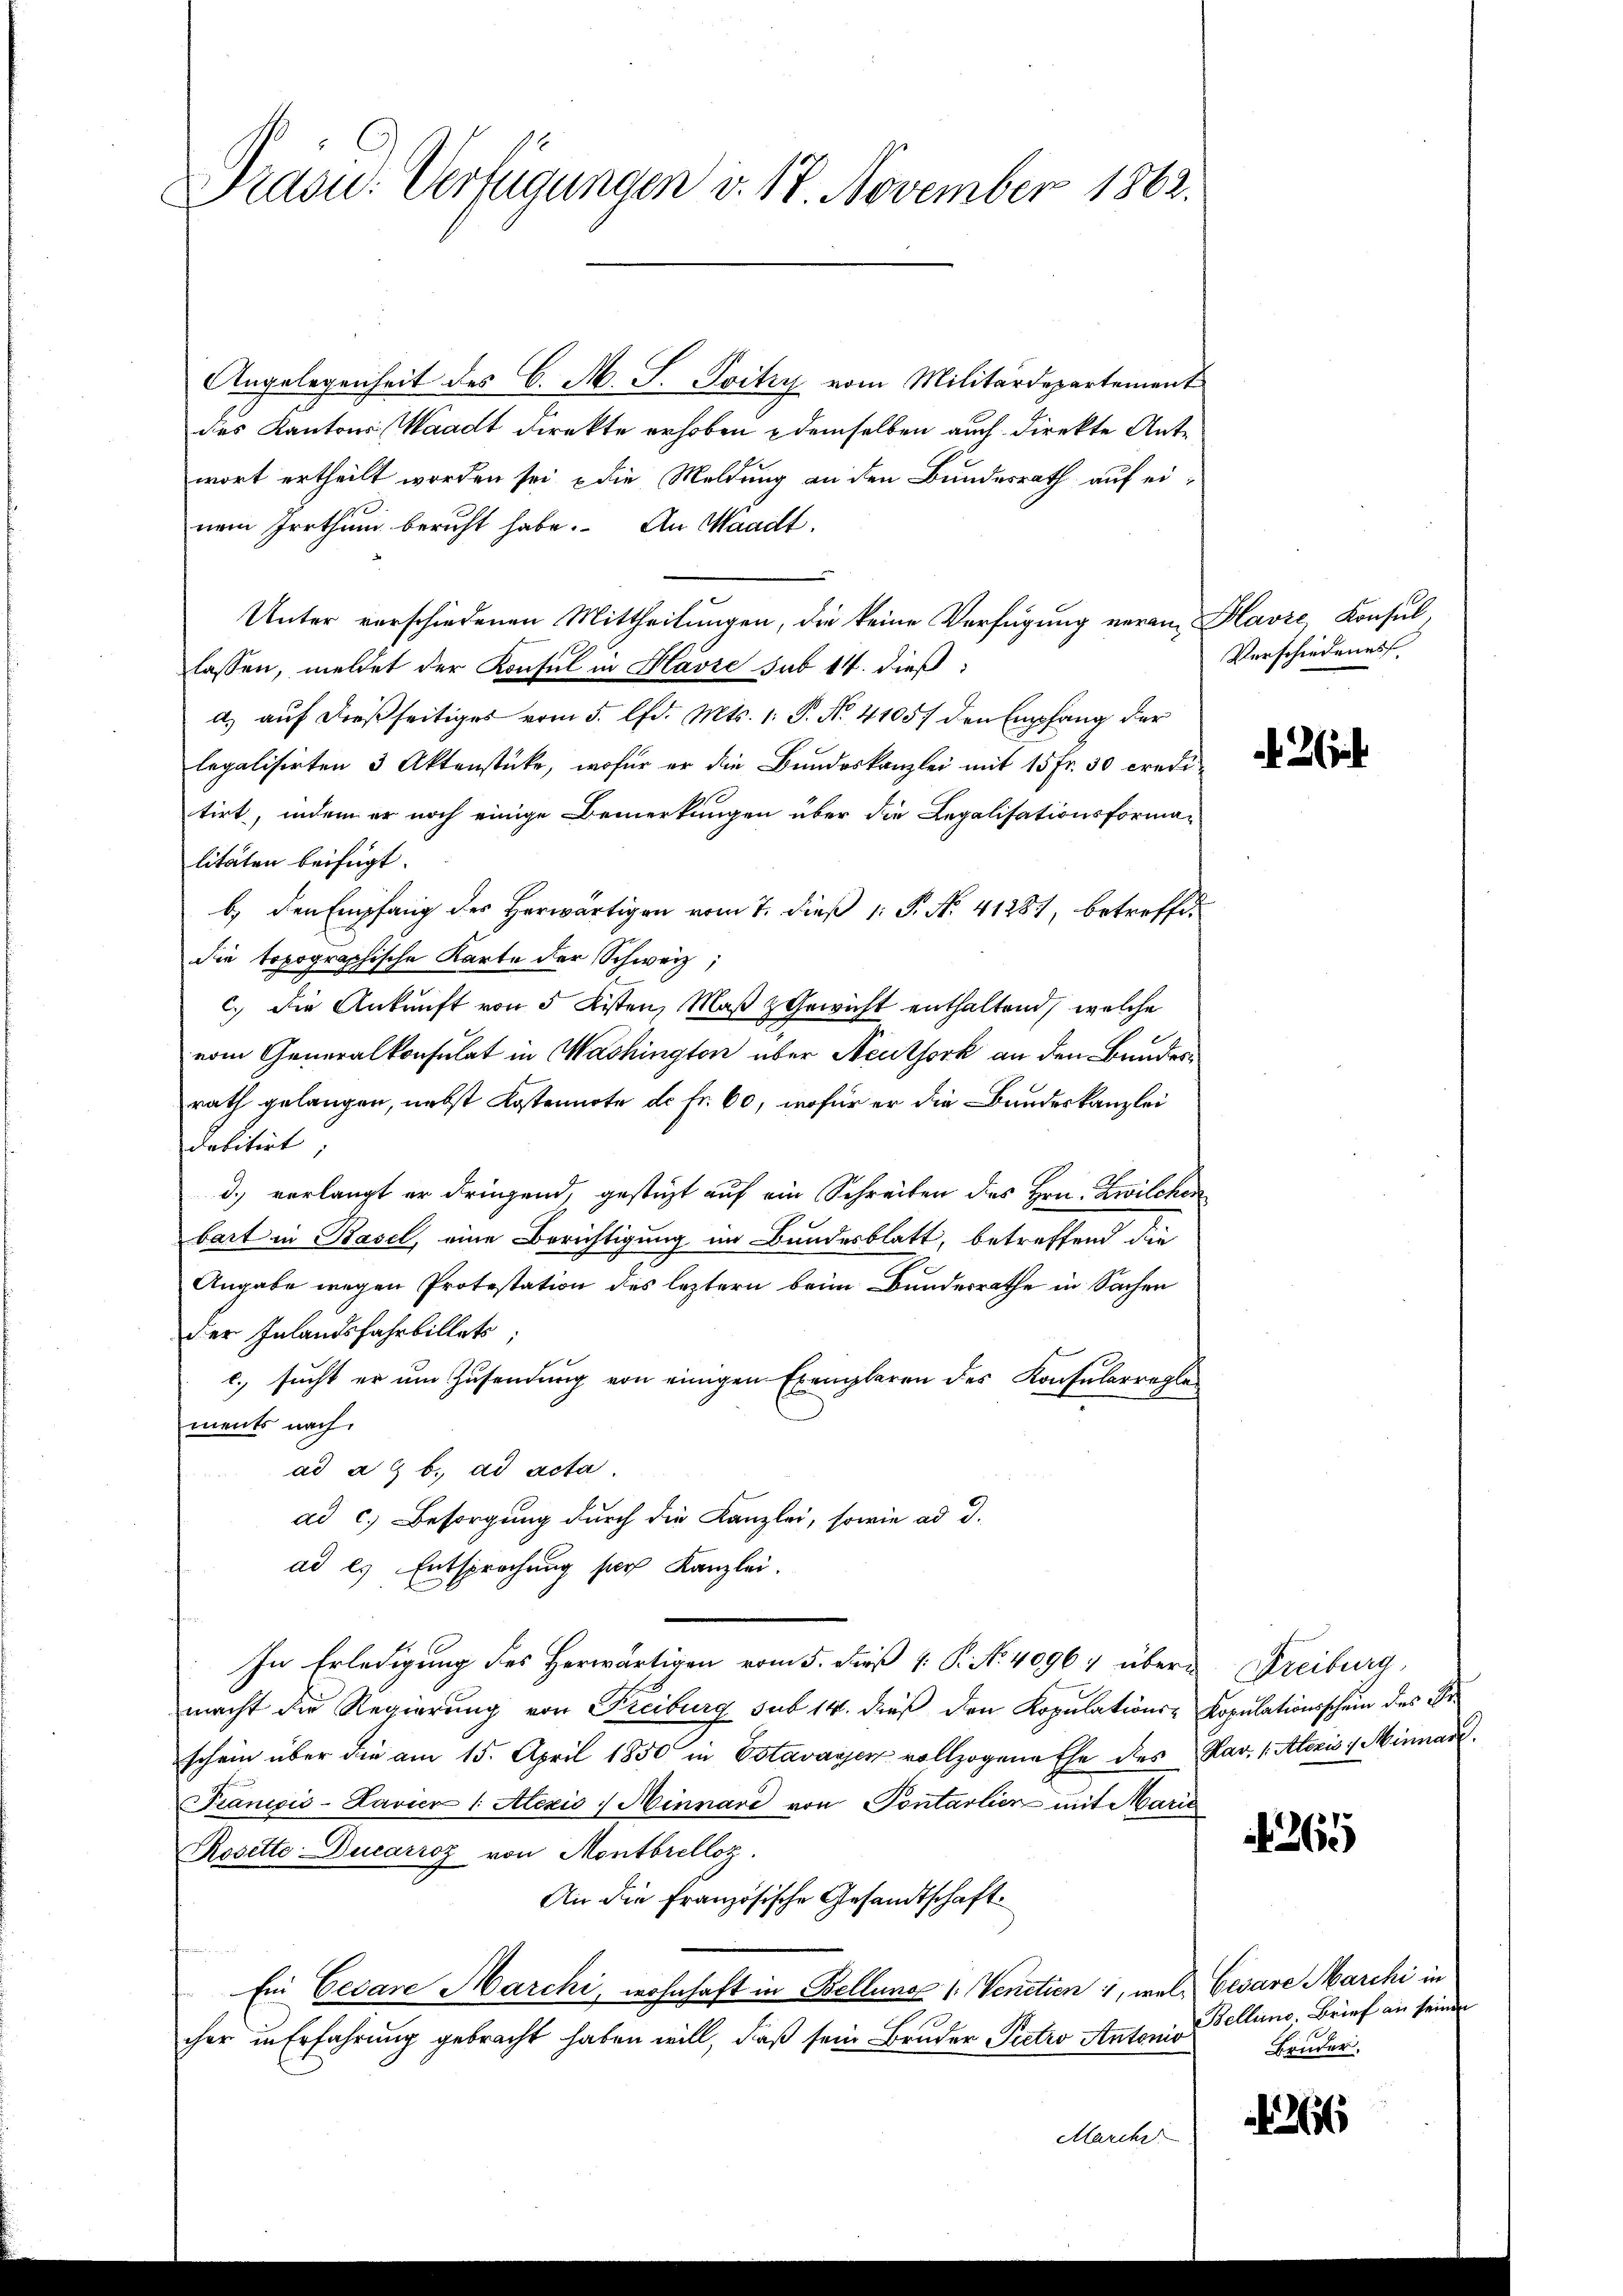
Präsid. Verfügungen v. 17. November 1882.

Angelegenheit des C. M. S. Poity vom Militärdepartement
des Kantons Waadt direkte erhoben demselben auch direkte Antwort ertheilt worden sei, die Meldung an den Bundesrath auf einem Irrthum beruht habe. An Waadt,
Unter verschiedenen Mittheilungen, die keine Verfügung verain Havre, Konsul,
lassen, meldet der Konsul in Havre sub 14. dieß:
a) auf dießseitiges vom 5. lfd. Mts. 1. P. No. 41057 den Empfang der
legalisirten 3 Aktenstücke, wofür er die Bundeskanzlei mit 15 fr. 50 credi-
tirt, indem er noch einige Bemerkungen über die Legalisationsforma-
litäten beifügt:
b. den Empfang des Herwärtigen vom 7. dieß 1: P. No. 41281, betreffedie topographische Karte der Schweiz,
c.) Die Ankunft von 5 Listen, Maß & Gewicht enthaltend, welche
vom Generalkonsulat in Washington über Neuthork an den Bunder
rath gelangen, nebst Kostennote de fr. 60, wofür er die Bundeskanzlei
debitirt
d.) verlangt er dringend, gestüzt auf ein Schreiben des Hrn. Zwilchen
bart in Basel, eine Berichtigung im Bundesblatt, betreffend die
Angabe wegen Protestation des leztern beim Bundesrathe in Sachen
der Inlandsfahrbillets;
c. sucht er um Zusendung von einigen Exemplaren des Konsularreglements nach
ad a. b. ad acta
ad c.) Besorgung durch die Kanzlei, sowie ad d.
ad es Entsprechung ser Kanzlei.
In Erledigung des Herwärtigen vom 5. dieß  P. No. 4096; übere Kreiburg,
macht die Regierung von Freiburg sub 14. dieß den Kopulations-Kopulationsschein des Fr
schein über die am 15. April 1850 in Estavayer vollzogene Ehe des Rad. 1. Alozis 4 Minnarz
Francois-Lavier 1. Alexio / Minnare von Pontarlier mit Marie
Rosette Ducarioz von Montbrelloz.
An die französische Gesandtschaft
Ein Eecare Marchi, wohnhaft in Bellung 1. Venetien , mal Cesare Marchi in
cher in Erfahrung gebracht haben will, daß sein Bruder Petro Antonio
Marcher

Verschiedenes

1265

Bellens. Brief an seinen
Bruder.

366